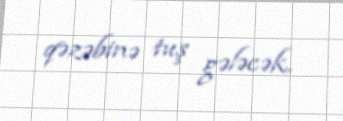
qəzəbinə tuş gələcək.